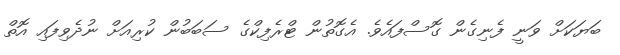
ބަޔަކަށް ވަނީ ފެނިގެން ގޮސްފައެވެ. އެގޮތުން ޓްރެފިކްގެ ސަބަބުން ކުރިއަށް ނުދެވިފައި އޮތް